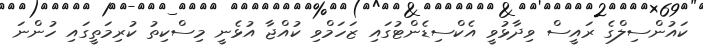
ކައުންސިލްގެ ރައީސް ވިދާޅުވީ އެކްސިޑެންޓުގައި ޒަހަމްވި ކުއްޖާ އުޅެނީ މިސްކިތު ކުރިމަތީގައި ހުންނަ